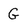
Character: G